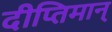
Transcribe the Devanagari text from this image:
दीप्तिमान्